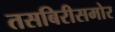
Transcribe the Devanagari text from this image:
तसबिरीसमोर